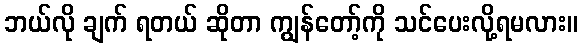
ဘယ်လို ချက် ရတယ် ဆိုတာ ကျွန်တော့်ကို သင်ပေးလို့ရမလား။